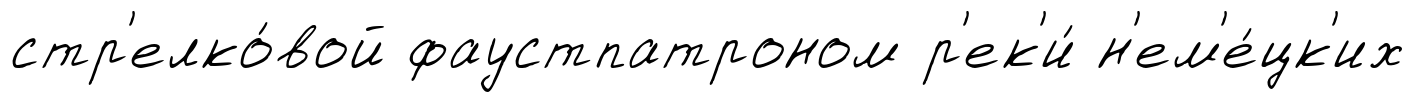
стр'елко́вой фаустпатроном р'ек'и́ н'ем'е́цк'их